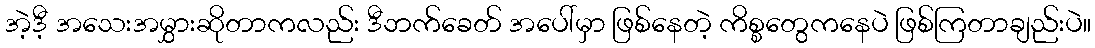
အဲ့ဒီ့ အသေးအမွှားဆိုတာကလည်း ဒီဘက်ခေတ် အပေါ်မှာ ဖြစ်နေတဲ့ ကိစ္စတွေကနေပဲ ဖြစ်ကြတာချည်းပဲ။